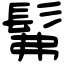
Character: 髴